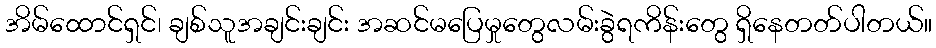
အိမ်ထောင်ရှင်၊ ချစ်သူအချင်းချင်း အဆင်မပြေမှုတွေလမ်းခွဲရကိန်းတွေ ရှိနေတတ်ပါတယ်။